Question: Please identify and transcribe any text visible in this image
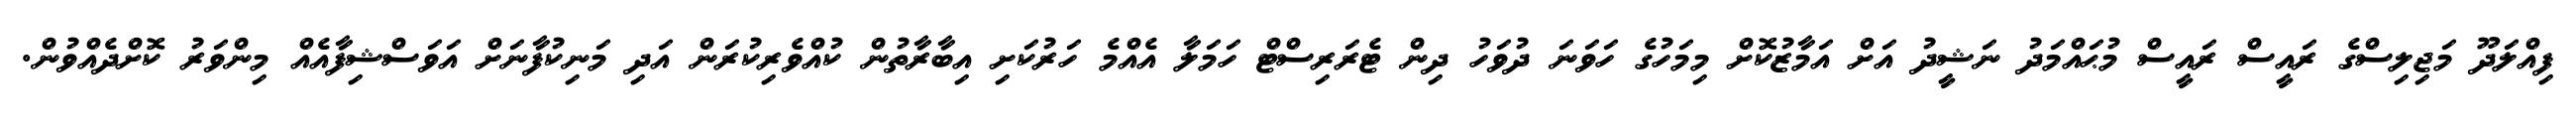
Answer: ފިއްލަދޫ މަޖިލިސްގެ ރައީސް ރައީސް މުޙައްމަދު ނަޝީދު އަށް އަމާޒުކޮށް މިމަހުގެ ހަވަނަ ދުވަހު ދިން ޓެރަރިސްޓް ހަމަލާ އެއްމެ ހަރުކަށި އިބާރާތުން ކުއްވެރިކުރަން އަދި މަނިކުފާނަށް އަވަސްޝިފާއެއް މިންވަރު ކޮށްދެއްވުން.